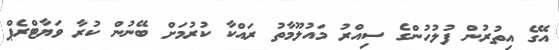
އޭގެ އިތުރުން ފުލުހުންގެ ސިއްރު މައުލޫމާތު ރައްކާ ކުރުމަށް ބޭނުން ކުރާ ވަޔާޓްރެޕް